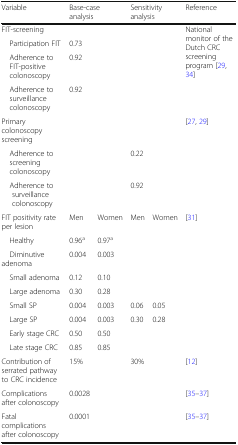
<table><thead><tr><td><b>Variable</b></td><td colspan="2"><b>Base-case analysis</b></td><td colspan="2"><b>Sensitivity analysis</b></td><td><b>Reference</b></td></tr></thead><tbody><tr><td>FIT-screening</td><td colspan="2"></td><td colspan="2"></td><td rowspan="4">National monitor of the Dutch CRC screening program [29, 34]</td></tr><tr><td> Participation FIT</td><td colspan="2">0.73</td><td colspan="2"></td></tr><tr><td> Adherence to FIT-positive colonoscopy</td><td colspan="2">0.92</td><td colspan="2"></td></tr><tr><td> Adherence to surveillance colonoscopy</td><td colspan="2">0.92</td><td colspan="2"></td></tr><tr><td>Primary colonoscopy screening</td><td colspan="2"></td><td colspan="2"></td><td rowspan="3">[27, 29]</td></tr><tr><td> Adherence to screening colonoscopy</td><td colspan="2"></td><td colspan="2">0.22</td></tr><tr><td> Adherence to surveillance colonoscopy</td><td colspan="2"></td><td colspan="2">0.92</td></tr><tr><td>FIT positivity rate per lesion</td><td>Men</td><td>Women</td><td>Men</td><td>Women</td><td>[31]</td></tr><tr><td> Healthy</td><td>0.96<sup>a</sup></td><td>0.97<sup>a</sup></td><td></td><td></td><td></td></tr><tr><td> Diminutive adenoma</td><td>0.004</td><td>0.003</td><td></td><td></td><td></td></tr><tr><td> Small adenoma</td><td>0.12</td><td>0.10</td><td></td><td></td><td></td></tr><tr><td> Large adenoma</td><td>0.30</td><td>0.28</td><td></td><td></td><td></td></tr><tr><td> Small SP</td><td>0.004</td><td>0.003</td><td>0.06</td><td>0.05</td><td></td></tr><tr><td> Large SP</td><td>0.004</td><td>0.003</td><td>0.30</td><td>0.28</td><td></td></tr><tr><td> Early stage CRC</td><td>0.50</td><td>0.50</td><td></td><td></td><td></td></tr><tr><td> Late stage CRC</td><td>0.85</td><td>0.85</td><td></td><td></td><td></td></tr><tr><td>Contribution of serrated pathway to CRC incidence</td><td>15%</td><td></td><td>30%</td><td></td><td>[12]</td></tr><tr><td>Complications after colonoscopy</td><td>0.0028</td><td></td><td></td><td></td><td>[35–37]</td></tr><tr><td>Fatal complications after colonoscopy</td><td>0.0001</td><td></td><td></td><td></td><td>[35–37]</td></tr></tbody></table>